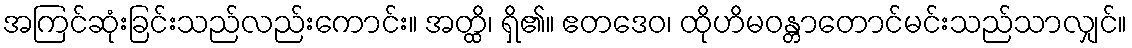
အကြင်ဆုံးခြင်းသည်လည်းကောင်း။ အတ္ထိ၊ ရှိ၏။ ဧတဒေဝ၊ ထိုဟိမဝန္တာတောင်မင်းသည်သာလျှင်။